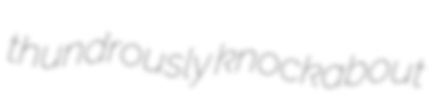
thundrously knockabout